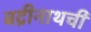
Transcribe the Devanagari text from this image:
बद्रीनाथची